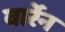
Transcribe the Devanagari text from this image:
वार्रेन